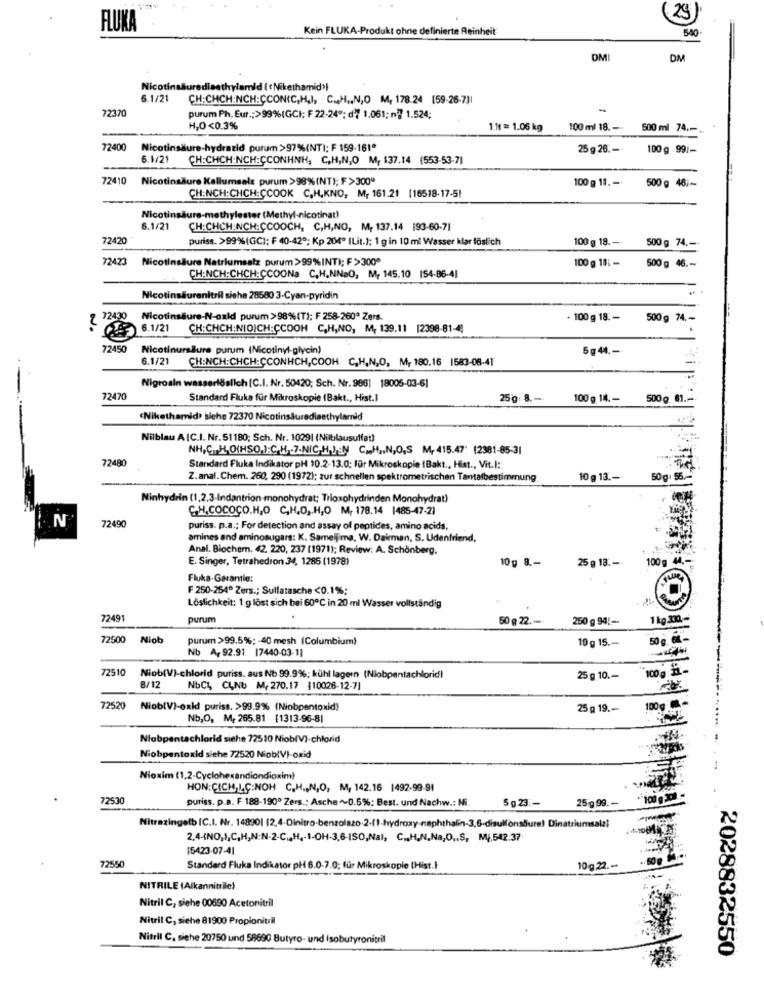
29)
FLUKA
Kein FLUKA-Produkt ohne definierte Reinheit
540
DMI
DM
Nicotinsäuredisethylamid ( Nikethamid>)
6.1/21
CH:CHCH:NCH:CCONIC,H,I, C. H ., N,O M, 178.24 (59-26-7]]
72370
purum Ph. Eur .; >99%(GC); F 22-24"; d" 1.061; nº 1.524;
H,O<0.3%
1.1t = 1.06 kg
100 ml 18 .-.
500 ml 74 ,-
72400
Nicotinsäure-hydrazid purum >97%(NT); F 159-161"
25 g 26. -
100 g 99/-
6.1/21
CH:CHCH:NCH:CCONHNH, C,H,N,O M, 137.14 (553-53-71
72410
Nicotinsäure Kallumsalz purum >98% (NT); F >300º
100 g 11. -
500 g 46 ;~
CH:NCH:CHCH:ÇCOOK C.H.KNO, Mr 161.21 [16518-17-51
Nicotinsäure-methylester (Methyl-nicotinat)
6.1/21
CH:CHCH:NCH:CCOOCH, C,H,NO, M, 137.14 193-60-71
72420
puriss. >99%(GC); F 40-42º; Kp 204º ILit.): 1 g in 10 ml Wasser klar föslich
100 g 19 .--
500 g 74 .-
72423 Nicotinsäure Natriumsalz purum>99%INT); F >3000
100 g 18: -
500 g 46 .-
CH:NCH:CHCH:CCOONa C.H.NNSO, M, 145.10 154-86-4]
Nicotinsäurenitril siehe 28580 3-Cyan-pyridin
72430
Nicotinsäure-N-oxid purum>98%(T); F 258-260ª Zers.
100 g 18. -
500 g 74 .-
6.1/21
CH:CHCH:NIOICH:ÇCOOH C,H,NO, M, 139.11 |2398-81-4]
72450
Nicotinurallure purum (Nicotinyl-glycin)
5g 44 .-
6.1/21
CH:NCH:CHCH:ÇCONHCH,COOH C,H,N,O, M, 180.16 1583-08-41
Nigrosin wasserlöslich [C.I. Nr. 50420; Sch. Nr. 986] 18005-03-6]
7247
Standard Fluka für Mikroskopie (Bakt ., Hist.]
25g: 8 .-.
100 g 14. -
500 g. 61 .--
(Nikethamid> siehe 72370 Nicotinsäurediaethylamid
Nilblau A IC.I. Nr. 51180; Sch. Nr. 10291 (Nilblausulfat)
NH,C. H.O(HSO,):C.H. . 7.NIC,H,JEN C.H ., N,O,S M, 415.47' (2381-85-31
72480
Standard Fluka Indikator pH 10.2-13.0; für Mikroskopie (Bakt ., Hist ., Vit.I ::
Z.anal. Chem. 260, 290 (1972); zur schnellen spektrometrischen Tantalbestimmung
10 g 13. -
Ninhydrin (1,2,3-Indantrion monohydrat; Trioxohydrinden Monohydrat)
C.H.COCOCO.H.O C,H,O ,. H,O M, 178.14 1485-47-21
N
72490
puriss. p.a .; For detection and assay of peptides, amino acids.
amines and aminosugars: K. Sameljima, W. Dairman, S. Udenfriend,
Anal. Biochemn. 42. 220, 237 (1971); Review: A. Schönberg,
E. Singer, Tetrahedron 34, 1285 (1978)
10g 8 .-
25 g 18. --
100 g 44.
Fluka-Garantie:
F 250-254º Zers .; Sullatasche <0.1%;
Löslichkeit: 1 g löst sich bei 60℃ in 20 ml Wasser vollständig
(O)
72491
purum
50 g 22 .-
250 g 94 !---
1 kg.330 ,-
72500
Niob
purum >99.5%; - 40 mesh (Columbium)
10 g 15 .-
50 g. G -
Nb A, 92.91 17440-03-11
72510
100 g : IL.
Niob(V)-chlorid puriss. aus No 99.9%; kühl lagern (Niobpentachlorid)
25 g 10 .-
3/12
NbCL CLNb M 270.17 (10026-12-7]
72520
Niob(V)-exkl puriss. >99.9% (Niobpentoxid?
25 g 19 .-
100g
Nb,O, M, 265.81 [1313-96-8|
Nlabpentachlorid siehe 72510 Niob(V)-chlorid
Niobpentoxid siehe 72520 NoblVI-oxid
Nioxim (1,2-Cyclohexandiondioxim)
HON:CICH,LG:NOH C.H ., N,O, M, 142.16 1492-99-91
72530
puriss. p.a. F 188-1900 Zers .: Asche ~0.6%; Best. und Nachw .: Ni
5 g 23 :-
25 g 99.
100 g
Nitrazingelb [C.I. Nr. 148901 12,4-Dinitro-benzolszo.2.(1-hydroxy-naphthalin-3,6-disulfonsture! Dinatriumsalal
2,4-4NO,1,C,H,N:N-2-C,H ,- 1-OH-3,6-ISO,Nal, C ., H,N,Na,O ., S, M4,542.37
15423-07-41
72550
Standard Fluka Indikator pH 6.0-7.0; für Mikroskopie (Hist.}
10g 22 ..
NITRILE (Alkannitrile)
Nitril C, siehe 00690 Acetonitril
Nitril C, siehe 81900 Propionitril
Nitril C. siehe 20750 und 58690 Butyro- und isobutyronitril
2028832550